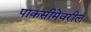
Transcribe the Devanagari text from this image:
पाकसीमेवरील